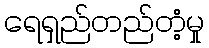
ရေရှည်တည်တံ့မှု